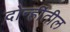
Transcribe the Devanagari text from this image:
दोन्हींतील